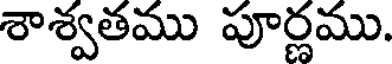
శాశ్వతము పూర్ణము.